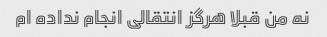
نه من قبلا هرگز انتقالی انجام نداده ام